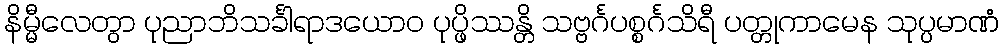
နိမ္မီလေတွာ ပုညာဘိသင်္ခါရာဒယောဝ ပုပ္ဖိဿန္တိ သဗ္ဗင်္ဂပစ္စင်္ဂသိရီ ပတ္တုကာမေန သုပ္ပမာဏံ